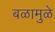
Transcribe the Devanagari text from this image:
बळामुळे